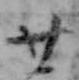
廿